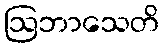
ဩဘာသေတိ